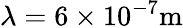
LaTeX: \lambda=6\times 10^{-7}\mathrm{m}